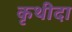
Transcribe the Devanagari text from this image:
कृथीदा